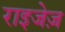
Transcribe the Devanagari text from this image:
राइजेज़